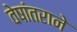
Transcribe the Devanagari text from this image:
वेषांतराने